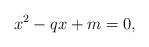
LaTeX: \begin{align*}x^{2}-qx+m=0, \end{align*}